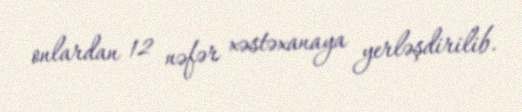
onlardan 12 nəfər xəstəxanaya yerləşdirilib.